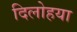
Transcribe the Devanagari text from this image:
दिलोहया